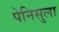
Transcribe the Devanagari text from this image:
पेनिसुला